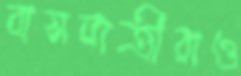
বাসযাত্রীরাও